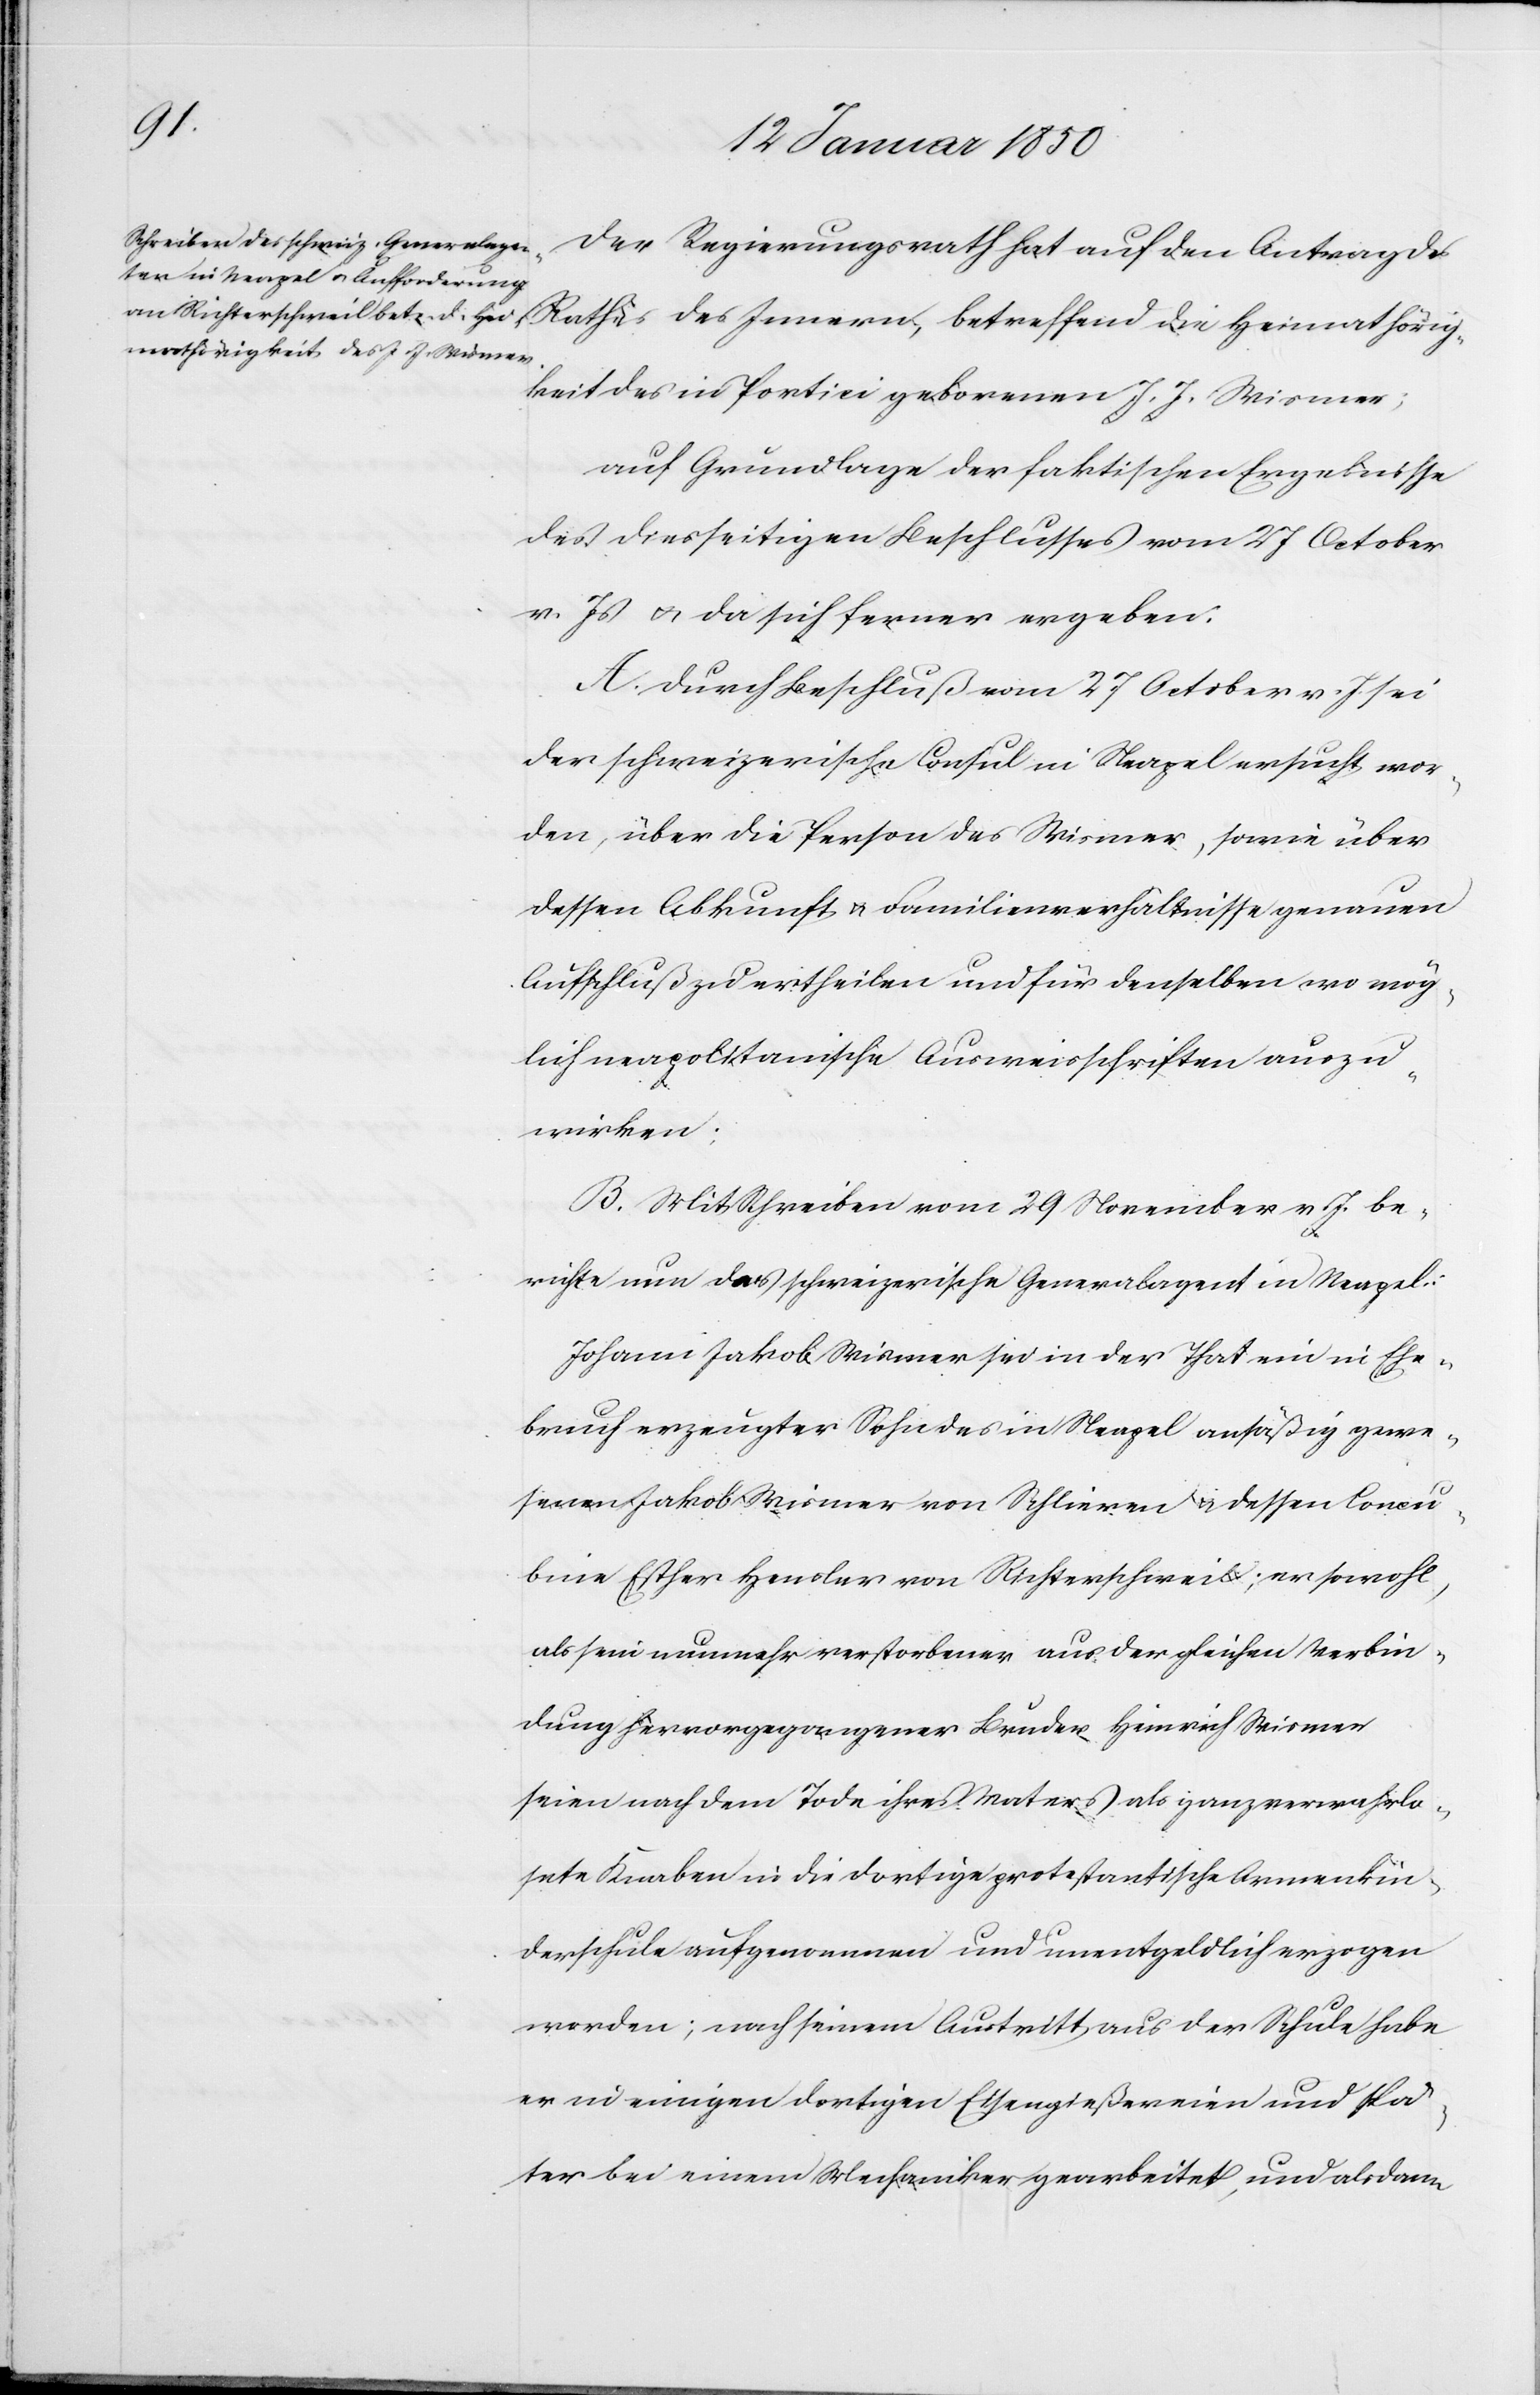
Der Regierungsrath hat auf den Antrag des
Rathes des Innern, betreffend die Heimathörig¬
keit des in Portici geborenen J. J. Wismer;
auf Grundlage der faktischen Ergebnisse
des diesseitigen Beschlusses vom 27 October
v. Js u. da sich ferner ergeben:
A. Durch Beschluß vom 27 October v. J. sei
der schweizerische Consul in Neapel ersucht wor¬
den, über die Person des Wismer, sowie über
dessen Abkunft u. Familienverhältnisse genauen
Aufschluß zu ertheilen und für denselben wo mög¬
lich neapolitanische Ausweisschriften auszu¬
wirken:
B. Mit Schreiben vom 29 November v. J. be¬
richte nun der schweizerische Generalagent in Neapel:
Johann Jakob Wismer sei in der That ein in Ehe¬
bruch erzeugter Sohn des in Neapel ansäßig gewe¬
senen Jakob Wismer von Schlieren u. dessen Concu¬
bine Esther Heusler von Richterschweil; er sowohl,
als sein nunmehr verstorbener aus der gleichen Verbin¬
dung hervorgegangener Bruder Heinrich Wismer
seien nach dem Tode ihres Vaters als ganz verwahrlo¬
sete Knaben in die dortige protestantische Armenkin¬
derschule aufgenommen und unentgeldlich erzogen
worden; nach seinem Austritt aus der Schule habe
er in einigen dortigen Eisengießereien und spä¬
ter bei einem Mechaniker gearbeitet, und als dann